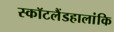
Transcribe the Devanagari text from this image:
स्कॉटलैंडहालांकि